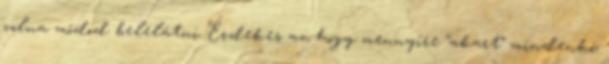
volna módod belelátni Érdekes az, hogy mennyire “akart” mindenki